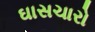
ઘાસચારો